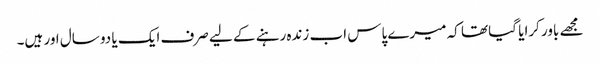
مجھے باور کرایا گیا تھا کہ میرے پاس اب زندہ رہنے کے لیے صرف ایک یا دو سال اور ہیں۔